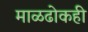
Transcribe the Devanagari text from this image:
माळढोकही